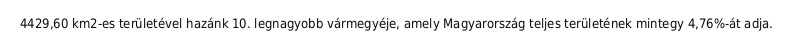
4429,60 km2-es területével hazánk 10. legnagyobb vármegyéje, amely Magyarország teljes területének mintegy 4,76%-át adja.